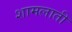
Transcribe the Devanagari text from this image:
शामलाती